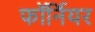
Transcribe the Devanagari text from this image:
फॉर्नियर